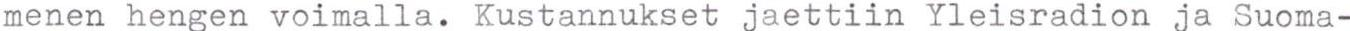
menen hengen voimalla. Kustannukset jaettiin Yleisradion ja Suoma-